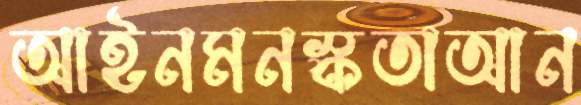
আইনমনস্কতাআন